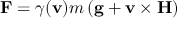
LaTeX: \mathbf { F } = \gamma ( \mathbf { v } ) m \left( \mathbf { g } + \mathbf { v } \times \mathbf { H } \right)